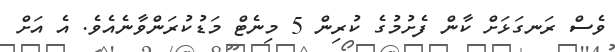
ވެސް ރަނގަޅަށް ކާން ފެށުމުގެ ކުރިން 5 މިނެޓް މަޑުކުރަންވާނެއެވެ. އެ އަށް